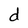
Character: d